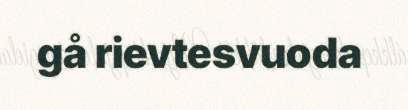
gå rievtesvuoda